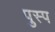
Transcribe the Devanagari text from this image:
पुस्प